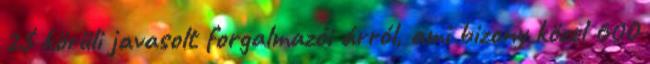
2$ körüli javasolt forgalmazói árról, ami bizony közel 600